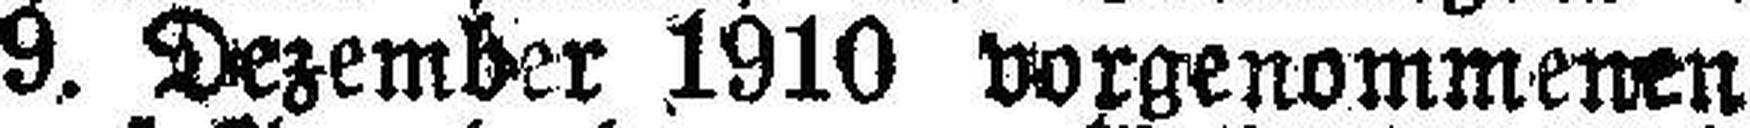
9. Dezember 1910 vorgenommenen Hauptverhandlung